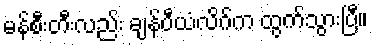
မန်စီးတီးလည်း ချန်ပီယံလိဂ်က ထွက်သွားပြီ။